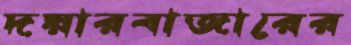
দয়ারবাজারের